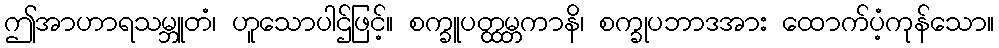
ဤအာဟာရသမ္ဘူတံ၊ ဟူသောပါဌ်ဖြင့်။ စက္ခူပတ္ထမ္ဘကာနိ၊ စက္ခုပဘာဒအား ထောက်ပံ့ကုန်သော။